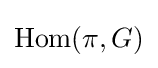
\operatorname {Hom} (\pi ,G)